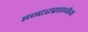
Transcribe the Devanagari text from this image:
इन्टरप्राइजेज